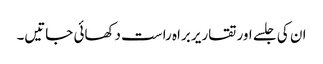
ان کی جلسے اور تقاریر براہ راست دکھائی جاتیں۔